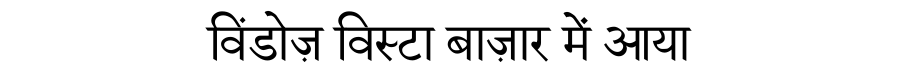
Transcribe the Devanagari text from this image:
विंडोज़ विस्टा बाज़ार में आया